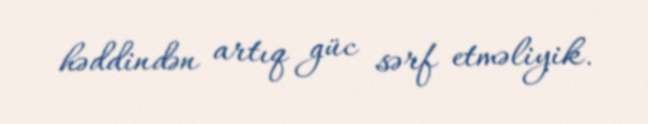
həddindən artıq güc sərf etməliyik.